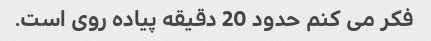
فکر می کنم حدود 20 دقیقه پیاده روی است.